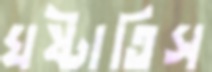
ঘষ্‌টাতিস